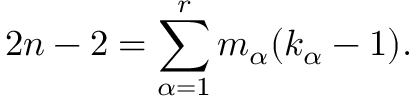
2 n - 2 = \sum _ { \alpha = 1 } ^ { r } m _ { \alpha } ( k _ { \alpha } - 1 ) .